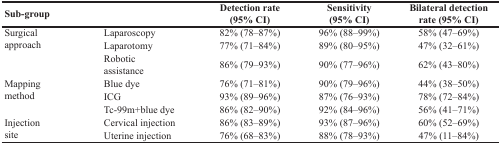
<table><thead><tr><td><b>Sub-group</b></td><td></td><td><b>Detection rate (95% CI)</b></td><td><b>Sensitivity (95% CI)</b></td><td><b>Bilateral detection rate (95% CI)</b></td></tr></thead><tbody><tr><td rowspan="3">Surgical approach</td><td>Laparoscopy</td><td>82% (78–87%)</td><td>96% (88–99%)</td><td>58% (47–69%)</td></tr><tr><td>Laparotomy</td><td>77% (71–84%)</td><td>89% (80–95%)</td><td>47% (32–61%)</td></tr><tr><td>Robotic assistance</td><td>86% (79–93%)</td><td>90% (77–96%)</td><td>62% (43–80%)</td></tr><tr><td rowspan="3">Mapping method</td><td>Blue dye</td><td>76% (71–81%)</td><td>90% (79–96%)</td><td>44% (38–50%)</td></tr><tr><td>ICG</td><td>93% (89–96%)</td><td>87% (76–93%)</td><td>78% (72–84%)</td></tr><tr><td>Tc-99m+blue dye</td><td>86% (82–90%)</td><td>92% (84–96%)</td><td>56% (41–71%)</td></tr><tr><td rowspan="2">Injection site</td><td>Cervical injection</td><td>86% (83–89%)</td><td>93% (87–96%)</td><td>60% (52–69%)</td></tr><tr><td>Uterine injection</td><td>76% (68–83%)</td><td>88% (78–93%)</td><td>47% (11–84%)</td></tr></tbody></table>